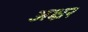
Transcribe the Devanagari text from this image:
अक्ष्रर